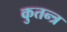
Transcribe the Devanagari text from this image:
कुतन्त्र